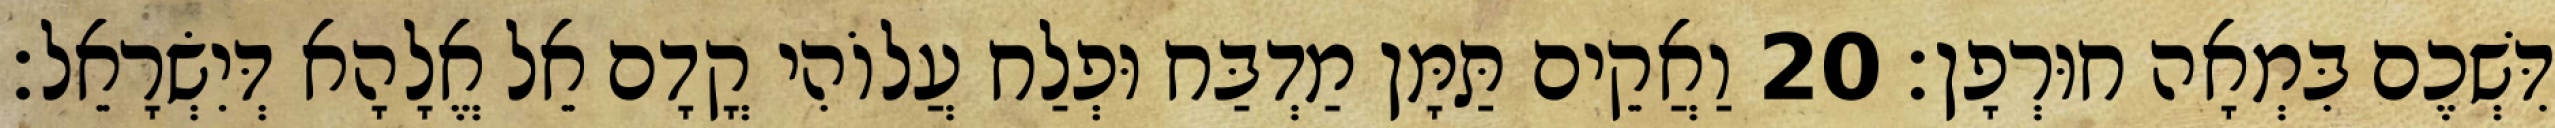
דִּשְׁכֶם בִּמְאָה חוּרְפָן׃ 20 וַאֲקֵים תַּמָּן מַדְבַּח וּפְלַח עֲלוֹהִי קֳדָם אֵל אֱלָהָא דְּיִשְׂרָאֵל׃